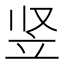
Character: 竖